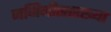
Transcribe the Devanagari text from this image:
जमिनीसारख्या